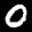
Label: 0